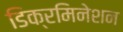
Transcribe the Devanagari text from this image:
डिक्रमिनेशन